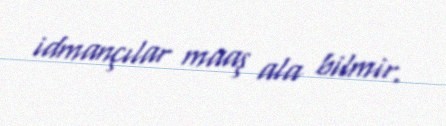
idmançılar maaş ala bilmir.